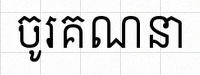
ចូរគណនា